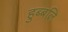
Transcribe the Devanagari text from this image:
हुब्बलि